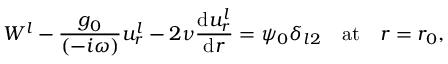
W ^ { l } - \frac { g _ { 0 } } { ( - i \omega ) } u _ { r } ^ { l } - 2 \nu \frac { \mathrm { d } u _ { r } ^ { l } } { \mathrm { d } r } = \psi _ { 0 } \delta _ { l 2 } \quad \mathrm { a t } \quad r = r _ { 0 } ,